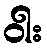
ဝါး